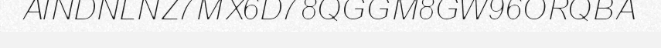
AINDNLNZ7MX6D78QGGM8GW96ORQBA